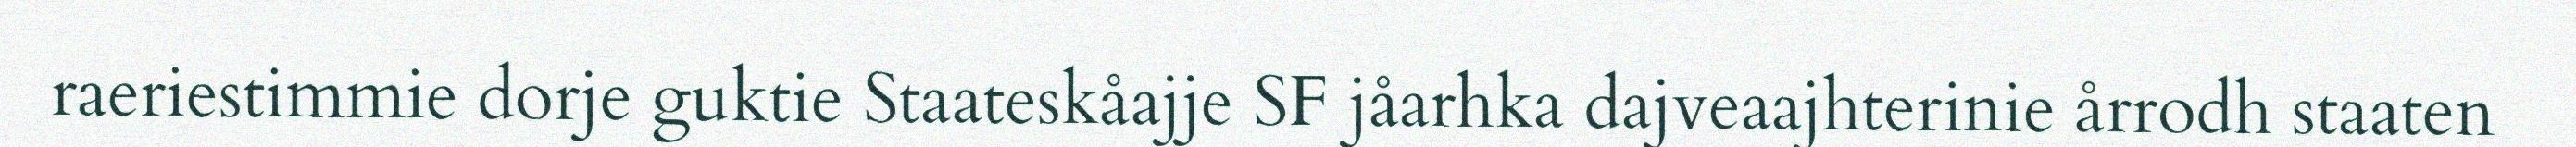
raeriestimmie dorje guktie Staateskåajje SF jåarhka dajveaajhterinie årrodh staaten